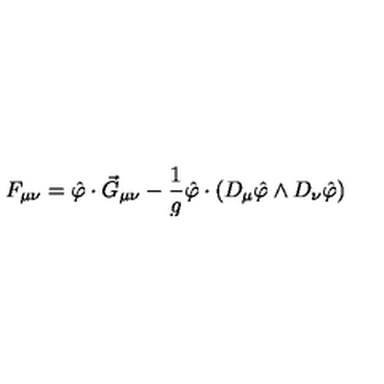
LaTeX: F _ { \mu \nu } = \hat { \varphi } \cdot \vec { G } _ { \mu \nu } - \frac { 1 } { g } \hat { \varphi } \cdot \left( D _ { \mu } \hat { \varphi } \wedge D _ { \nu } \hat { \varphi } \right)